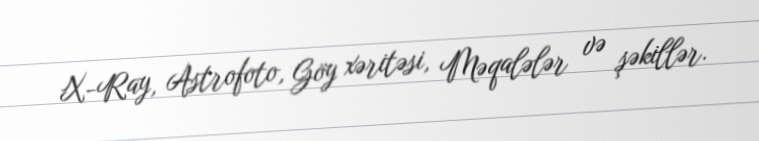
X-Ray, Astrofoto, Göy xəritəsi, Məqalələr və şəkillər.